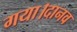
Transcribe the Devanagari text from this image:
गया।दानव